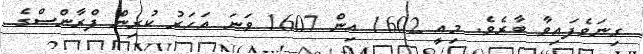
ގިނަވެފައިވާ ބާރެވެ. މިއީ 1602 އިން 1607 ވަނަ އަހަރު ކުރިން ފްރާންސްގެ